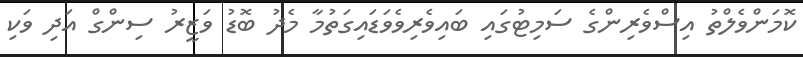
ކޮމަންވެލްތު އިސްވެރިންގެ ސަމިޓުގައި ބައިވެރިވެވަޑައިގަތުމާ މެދު ބޮޑު ވަޒީރު ސިންގް އަދި ވަކި